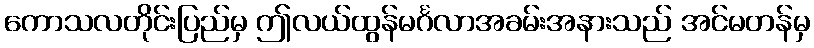
ကောသလတိုင်းပြည်မှ ဤလယ်ထွန်မင်္ဂလာအခမ်းအနားသည် အင်မတန်မှ